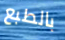
بالطبع